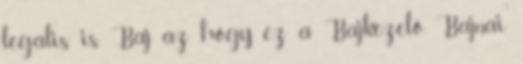
legális is. Baj az, hogy ez a Bajkezelő Bajnai